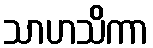
သာဟသိကာ